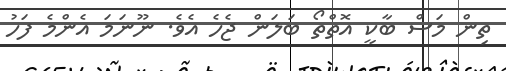
ތިން މަސް ބާކީ އޮތްތޯ ބަލަން ޖެހެ އެވެ. ނޫނަމަ އެންމެ ފަހު